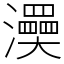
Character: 㶔